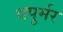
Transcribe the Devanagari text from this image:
धपुर्मर